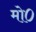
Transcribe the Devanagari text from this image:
मो०